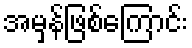
အမှန်ဖြစ်ကြောင်း